Code of medical and sanitary regulations for the guidance of medical officers serving in the Madras Presidency - Volume I
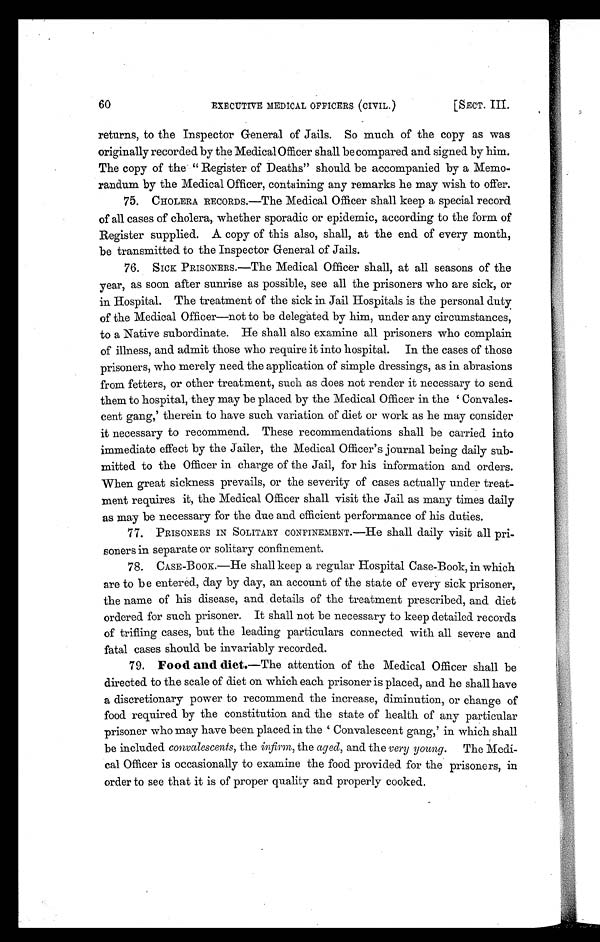
60
EXECUTIVE MEDICAL OFFICERS (CIVIL.)
[SECT. III.
returns, to the Inspector General of Jails. So much of the copy as was
originally recorded by the Medical Officer shall be compared and signed by him.
The copy of the " Register of Deaths" should be accompanied by a Memo-
randum by the Medical Officer, containing any remarks he may wish to offer.
75. CHOLERA RECORDS.—The Medical Officer shall keep a special record
of all cases of cholera, whether sporadic or epidemic, according to the form of
Register supplied. A copy of this also, shall, at the end of every month,
be transmitted to the Inspector General of Jails.
76. SICK PRISONERS.—The Medical Officer shall, at all seasons of the
year, as soon after sunrise as possible, see all the prisoners who are sick, or
in Hospital. The treatment of the sick in Jail Hospitals is the personal duty
of the Medical Officer—not to be delegated by him, under any circumstances,
to a Native subordinate. He shall also examine all prisoners who complain
of illness, and admit those who require it into hospital. In the cases of those
prisoners, who merely need the application of simple dressings, as in abrasions
from fetters, or other treatment, such as does not render it necessary to send
them to hospital, they may be placed by the Medical Officer in the Convales-
cent gang,' therein to have such variation of diet or work as he may consider
it necessary to recommend. These recommendations shall be carried into
immediate effect by the Jailer, the Medical Officer's journal being daily sub-
mitted to the Officer in charge of the Jail, for his information and orders.
When great sickness prevails, or the severity of cases actually under treat-
ment requires it, the Medical Officer shall visit the Jail as many times daily
as may be necessary for the due and efficient performance of his duties.
77. PRISONERS IN SOLITARY CONFINEMENT.—He shall daily visit all pri-
soners in separate or solitary confinement.
78. CASE-BOOK.—He shall keep a regular Hospital Case-Book, in which
are to be entered, day by day, an account of the state of every sick prisoner,
the name of his disease, and details of the treatment prescribed, and diet
ordered for such prisoner. It shall not be necessary to keep detailed records
of trifling cases, but the leading particulars connected with all severe and
fatal cases should be invariably recorded.
79.
Food and diet.—The attention of the Medical Officer shall be
directed to the scale of diet on which each prisoner is placed, and he shall have
a discretionary power to recommend the increase, diminution, or change of
food required by the constitution and the state of health of any particular
prisoner who may have been placed in the Convalescent gang,' in which shall
be included convalescents, the infirm,t h e
a g e d ,
a n d t h e
v e r y y o u n g .
The Medi-
cal Officer is occasionally to examine the food provided for the prisoners, in
order to see that it is of proper quality and properly cooked.